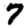
Digit: 7